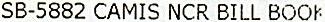
SB-5882 CAMIS NCR BILL BOOK